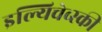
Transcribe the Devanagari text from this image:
इल्यिचेव्स्की